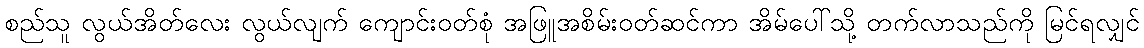
စည်သူ လွယ်အိတ်လေး လွယ်လျက် ကျောင်းဝတ်စုံ အဖြူအစိမ်းဝတ်ဆင်ကာ အိမ်ပေါ်သို့ တက်လာသည်ကို မြင်ရလျှင်